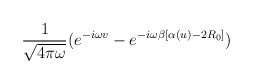
\begin{align*}\frac{1}{\sqrt{4\pi\omega}}(e^{-i\omega v}-e^{-i\omega\beta[\alpha(u)-2R_{0}]})\end{align*}